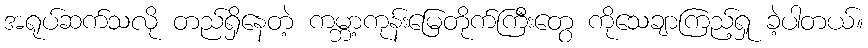
အရုပ်ဆက်သလို တည်ရှိနေတဲ့ ကမ္ဘာ့ကုန်းမြေတိုက်ကြီးတွေ ကိုသေချာကြည့်ရှု ခဲ့ပါတယ်။